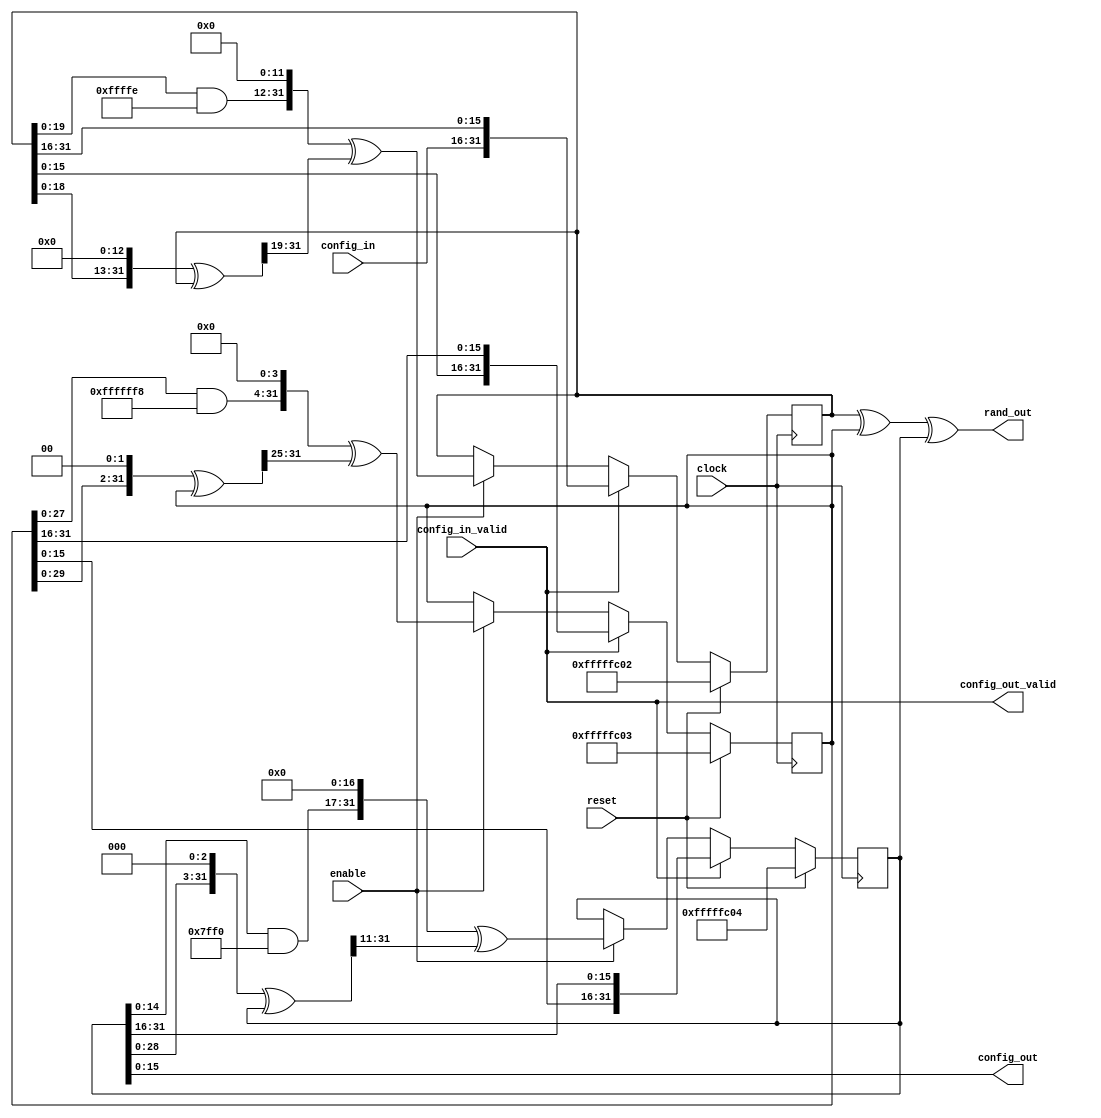
`timescale 1 ns/100 ps	// time unit = 1ns; precision = 1/10 ns
 /* Random Number Generator
 * rng.v
 *
 * This RNG implements a three-component Tausworth generator.
 * It generates a 32-bit random value.
 *
 * The output of RNG is registered.
 *
 * Configuration path
 *      config_in -> s1 -> s2 -> s3 -> config_out
 */

module RNG (
    clock,
    reset,
    enable,
    rand_out,
    config_in_valid,
    config_in,
    config_out_valid,
    config_out
);

    input           clock;
    input           reset;
    input           enable;
    input           config_in_valid;
    input   [15: 0] config_in;
    output          config_out_valid;
    output  [15: 0] config_out;
    output  [31: 0] rand_out;
    
    
    // Seeds
    reg     [31: 0] s1, s2, s3;
    wire    [31: 0] s1_wire, s2_wire, s3_wire, b1_wire, b2_wire, b3_wire;
    
    assign b1_wire = (((s1 << 13) ^ s1) >> 19);
    assign s1_wire = (((s1 & 32'hFFFFFFFE) << 12) ^ b1_wire);
    assign b2_wire = (((s2 << 2) ^ s2) >> 25);
    assign s2_wire = (((s2 & 32'hFFFFFFF8) << 4) ^ b2_wire);
    assign b3_wire = (((s3 << 3) ^ s3) >> 11);
    assign s3_wire = (((s3 & 32'hFFFFFFF0) << 17) ^ b3_wire);
    
    assign rand_out = s1 ^ s2 ^ s3;
    assign config_out_valid = config_in_valid;
    assign config_out = s3[15:0];
    
    always @(posedge clock)
    begin
        if (reset)
        begin
            s1 <= 32'hffff_fc02;
            s2 <= 32'hffff_fc03;
            s3 <= 32'hffff_fc04;
        end
        else
        begin
            // Configuration path
            if (config_in_valid)
                {s1, s2, s3} <= {config_in, s1, s2, s3[31:16]};
            // Data path
            else if (enable)
                {s1, s2, s3} <= {s1_wire, s2_wire, s3_wire};
        end
    end

endmodule